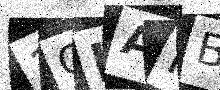
Text: 3CKAKB